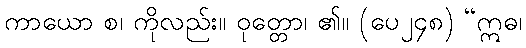
ကာယော စ၊ ကိုလည်း။ ဝုတ္တော၊ ၏။ (ပေ၂၄၈) “ဣဓ၊